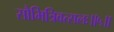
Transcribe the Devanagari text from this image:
सौमित्रिवत्सलः॥५॥